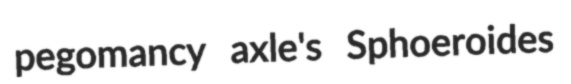
pegomancy axle's Sphoeroides